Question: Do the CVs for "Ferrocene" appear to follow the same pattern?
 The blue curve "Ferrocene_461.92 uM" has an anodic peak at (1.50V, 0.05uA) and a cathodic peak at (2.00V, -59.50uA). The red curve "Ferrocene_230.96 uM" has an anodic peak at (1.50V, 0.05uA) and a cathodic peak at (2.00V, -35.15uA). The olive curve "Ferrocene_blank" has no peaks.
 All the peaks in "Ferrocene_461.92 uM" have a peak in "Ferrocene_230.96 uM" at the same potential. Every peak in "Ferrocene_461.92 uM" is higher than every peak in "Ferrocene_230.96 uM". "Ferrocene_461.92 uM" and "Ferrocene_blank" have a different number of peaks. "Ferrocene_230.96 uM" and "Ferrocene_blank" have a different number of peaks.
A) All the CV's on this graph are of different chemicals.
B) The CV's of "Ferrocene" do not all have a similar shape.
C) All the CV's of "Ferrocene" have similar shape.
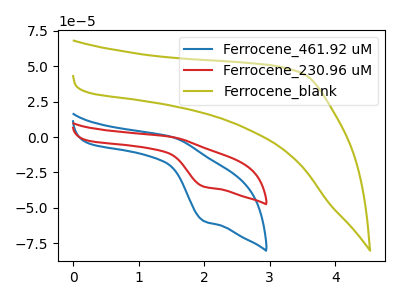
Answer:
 <answer>C) All the CV's of "Ferrocene" have similar shape.</answer>
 <eval>C</eval>